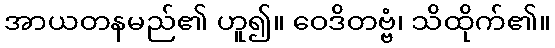
အာယတနမည်၏ ဟူ၍။ ဝေဒိတဗ္ဗံ၊ သိထိုက်၏။